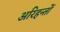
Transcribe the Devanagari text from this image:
अरिहन्तों